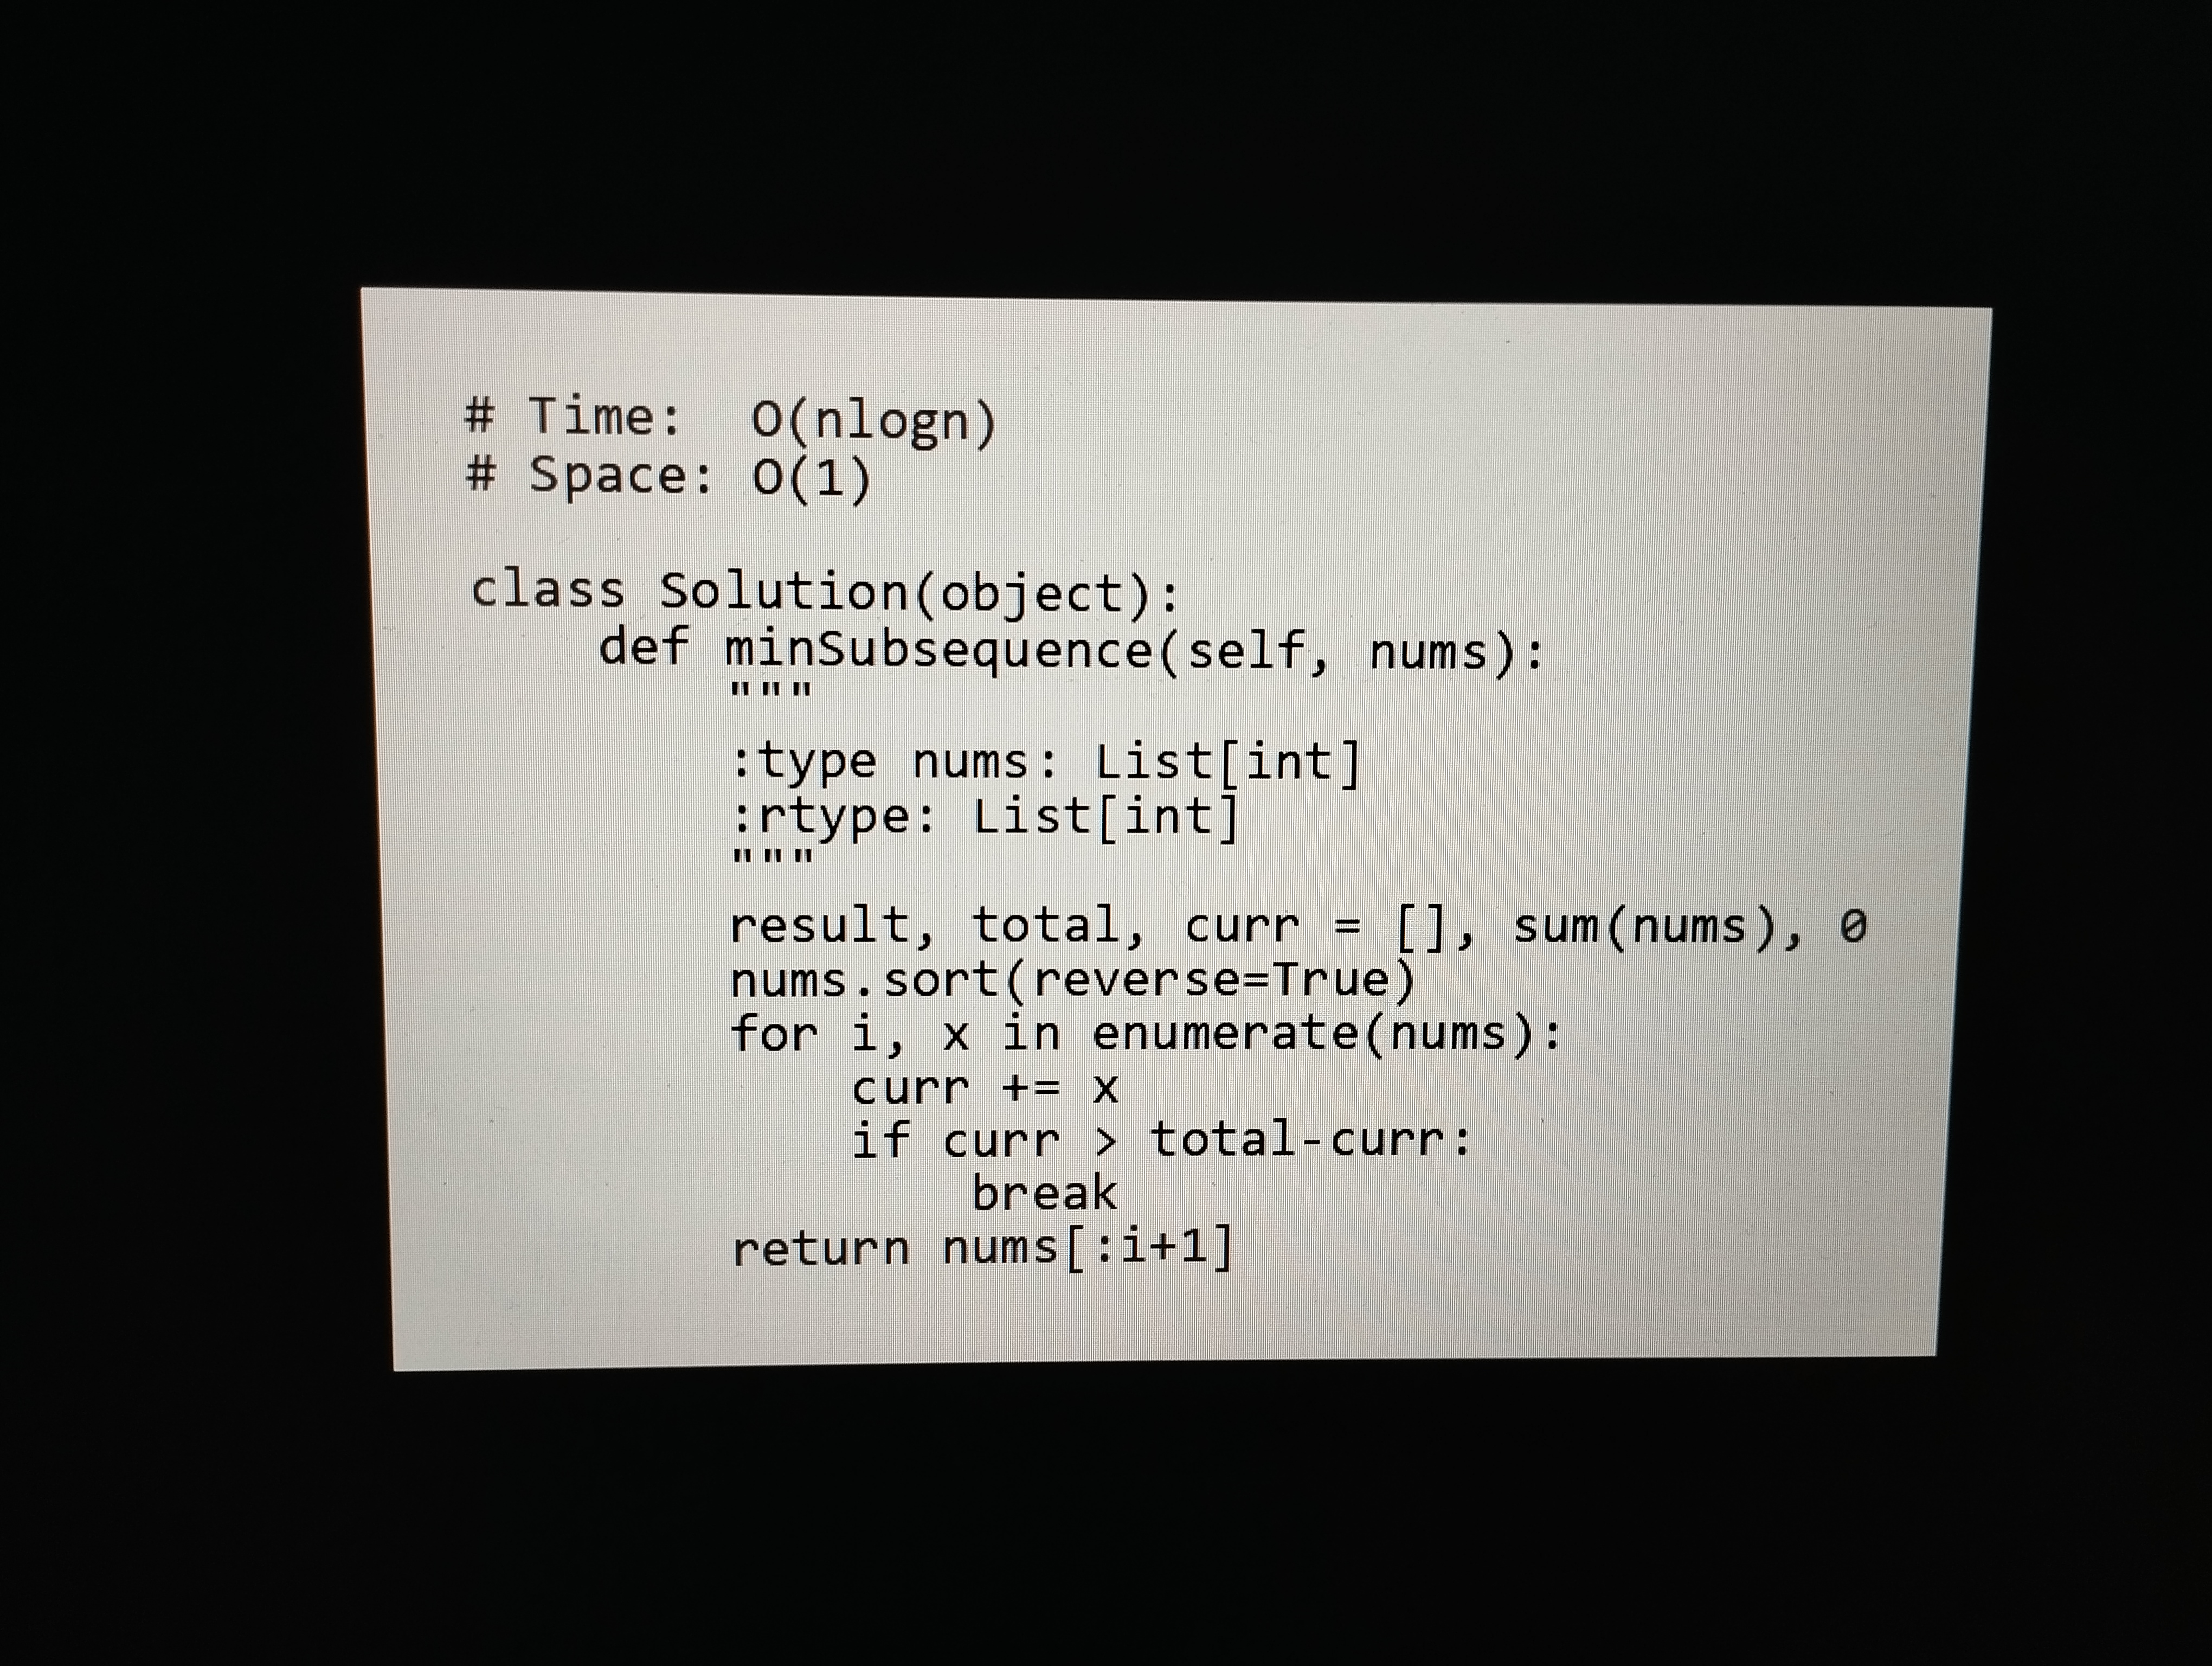
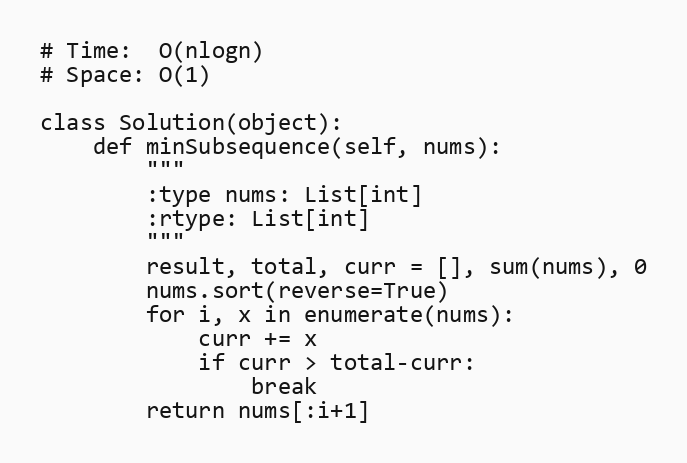
# Time:  O(nlogn)
# Space: O(1)

class Solution(object):
    def minSubsequence(self, nums):
        """
        :type nums: List[int]
        :rtype: List[int]
        """
        result, total, curr = [], sum(nums), 0
        nums.sort(reverse=True)
        for i, x in enumerate(nums):
            curr += x
            if curr > total-curr:
                break
        return nums[:i+1]